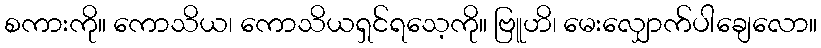
စကားကို။ ကောသိယ၊ ကောသိယရှင်ရသေ့ကို။ ဗြူဟိ၊ မေးလျှောက်ပါချေလော။